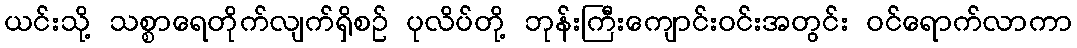
ယင်းသို့ သစ္စာရေတိုက်လျက်ရှိစဉ် ပုလိပ်တို့ ဘုန်းကြီးကျောင်းဝင်းအတွင်း ဝင်ရောက်လာကာ